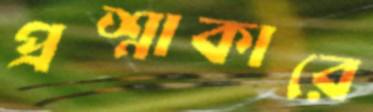
প্রশ্নাকারে